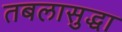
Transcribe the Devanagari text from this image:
तबलासुद्धा